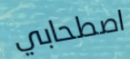
اصطحابي